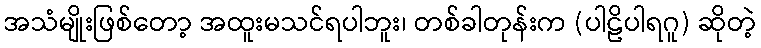
အသံမျိုးဖြစ်တော့ အထူးမသင်ရပါဘူး၊ တစ်ခါတုန်းက (ပါဠိပါရဂူ) ဆိုတဲ့